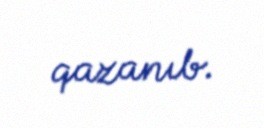
qazanıb.